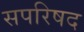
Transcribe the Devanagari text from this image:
सपरिषद